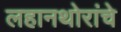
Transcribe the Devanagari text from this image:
लहानथोरांचे